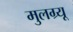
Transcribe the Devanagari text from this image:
मुलग्र्यू